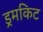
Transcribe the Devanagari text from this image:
ड्रमकिट